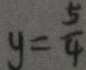
y = \frac { 5 } { 4 }